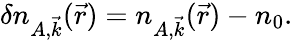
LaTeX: \delta n_{A,\vec{k}}(\vec{r})=n_{A,\vec{k}}(\vec{r})-n_{0}.